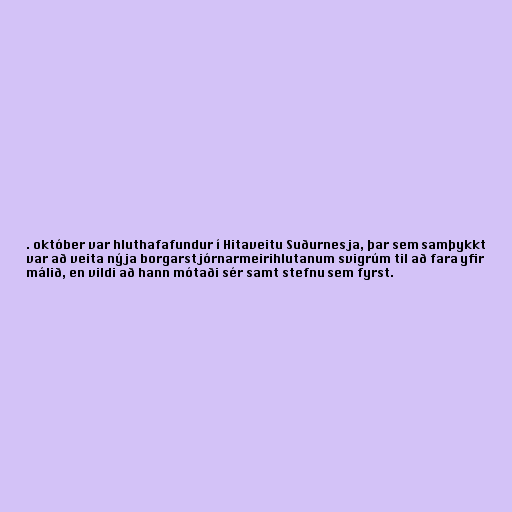
. október var hluthafafundur í Hitaveitu Suðurnesja, þar sem samþykkt
var að veita nýja borgarstjórnarmeirihlutanum svigrúm til að fara yfir
málið, en vildi að hann mótaði sér samt stefnu sem fyrst.